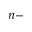
n -